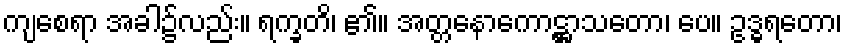
ကျစေရာ အခါ၌လည်း။ ရက္ခတိ၊ ၏။ အတ္တနောကောဋ္ဌာသတော၊ ပေ။ ဥဒ္ဓရတော၊